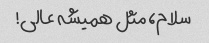
سلام، مثل همیشه عالی!